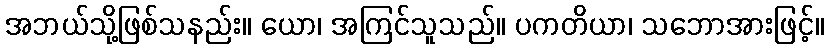
အဘယ်သို့ဖြစ်သနည်း။ ယော၊ အကြင်သူသည်။ ပကတိယာ၊ သဘောအားဖြင့်။